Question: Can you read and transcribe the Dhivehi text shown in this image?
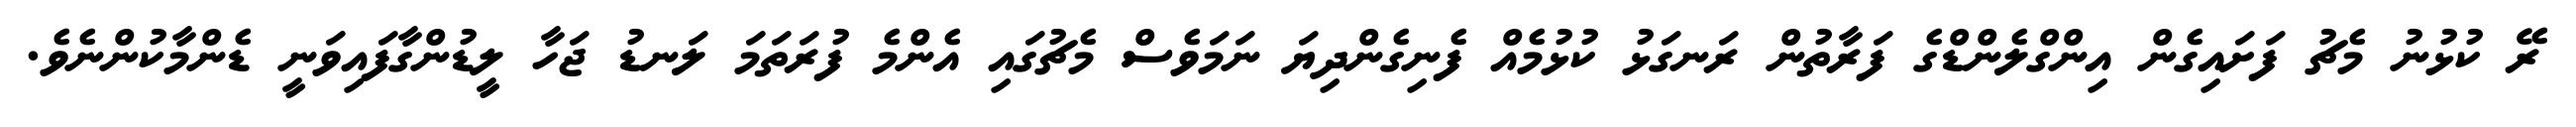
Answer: ރޭ ކުޅުނު މެޗު ފަށައިގެން އިންގްލެންޑްގެ ފަރާތުން ރަނގަޅު ކުޅުމެއް ފެނިގެންދިޔަ ނަމަވެސް މެޗުގައި އެންމެ ފުރަތަމަ ލަނޑު ޖަހާ ލީޑުންގާފައިވަނީ ޑެންމާކުންނެވެ.